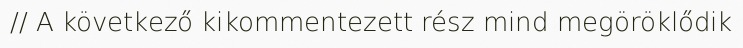
// A következő kikommentezett rész mind megöröklődik